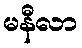
မနီလာ